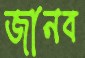
জানব